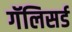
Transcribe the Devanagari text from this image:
गॅलिसर्ड